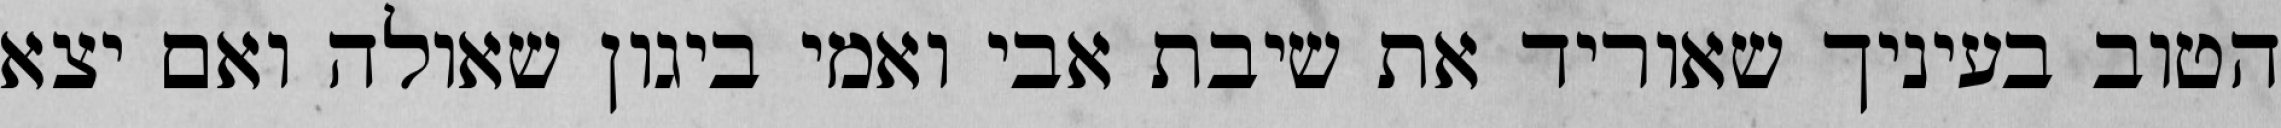
הטוב בעיניך שאוריד את שיבת אבי ואמי ביגון שאולה ואם יצא